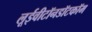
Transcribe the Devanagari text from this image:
लूईवीटॉनडॉटकॉम